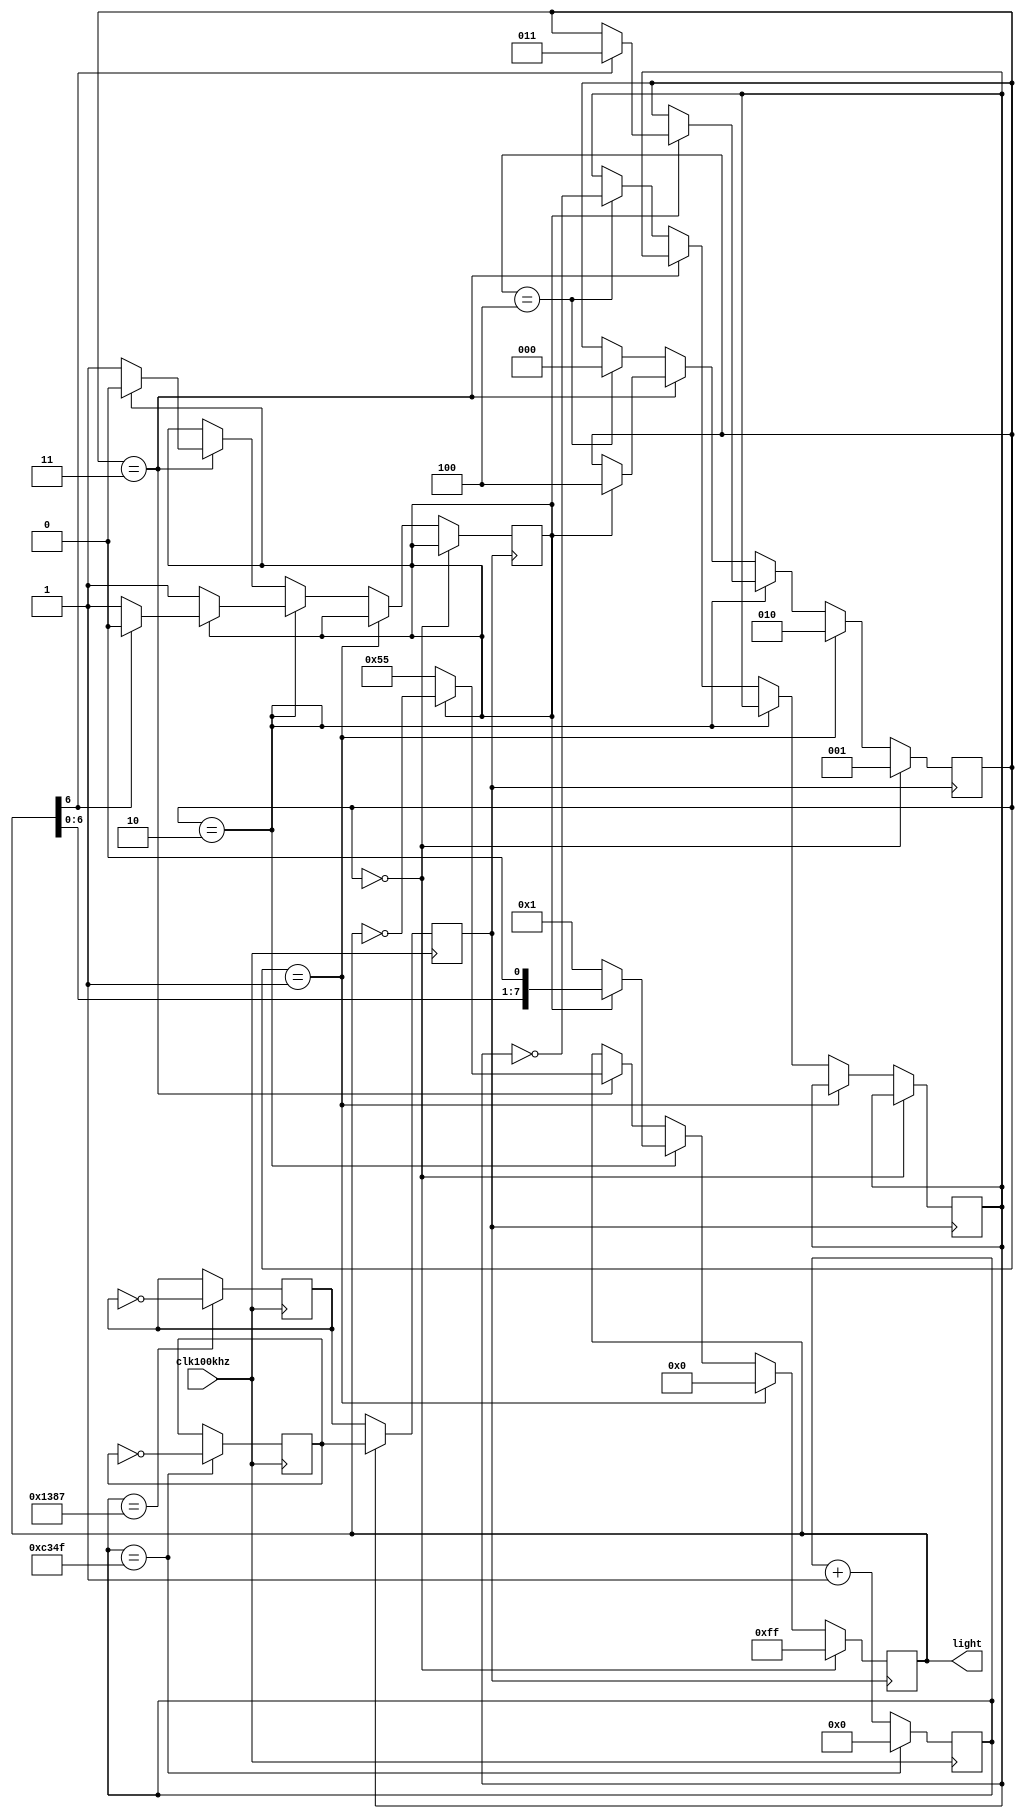
module lig(clk100khz, light);
	input clk100khz;
	output [7:0] light;
	
	reg [7:0]light;
	reg [25:0]count, count1;
	reg clk, clk1, clk2, b;
	reg [2:0]flag;
	reg flag1;
	
	initial 
		begin
			b = 1'b1;
	 		flag1 = 1'b0;
		end
	
	always@(posedge clk100khz)
		begin
			if(count == 'd49999)
				begin
					clk1 = ~clk1;
					count <= 0;
				end
			else
				begin count<=count + 1'b1; end
		end
	always@(posedge clk100khz)
		begin
			if(count == 'd4999)
				begin
					clk2 = ~clk2;
					count1 <= 0;
				end
			else
				begin count1 <= count1 + 1'b1; end
		end
	
	always@(posedge clk100khz)
		begin
			if(b)
				clk <= clk1;
			else
				clk <= clk2;
		end
		
	always@(posedge clk)
		begin
			if(flag == 3'b000)
				begin
					light <= 8'b11111111;
					flag <= 3'b001;
				end
			else if(flag == 3'b001)
				begin
					light <= 8'b00000000;
					flag <= 3'b010;
				end
			else if(flag == 3'b010)
				begin
					if(flag1 == 0)
						begin
							light <= 8'b00000001;
							flag1 <= 1'b1;
						end
					else
						begin 
							light <= light << 1;
							if (light[6] == 1)
								begin
									flag1 <= 0;
									flag <= 3'b011;
								end
						end
				end
			else if(flag == 3'b011)
				begin
					if(flag1 == 0)
						begin
							light <= 8'b01010101;
							flag1 <= 1'b1;
						end
					else
						begin 
							light <= ~light;
							if (flag1 == 1'b1)
								begin
									flag1 <= 0;
									flag <= 3'b100;
								end
						end
				end
			else if(flag == 3'b100)
				begin
					flag <= 3'b000;
					b = ~b;
				end
		end
endmodule